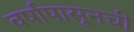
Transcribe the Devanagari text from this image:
वर्षापासूनची